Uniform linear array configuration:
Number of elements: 48
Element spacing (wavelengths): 1
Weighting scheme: binomial
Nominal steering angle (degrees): -60
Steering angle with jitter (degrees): -61.051
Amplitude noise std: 0.05
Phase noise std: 0.05

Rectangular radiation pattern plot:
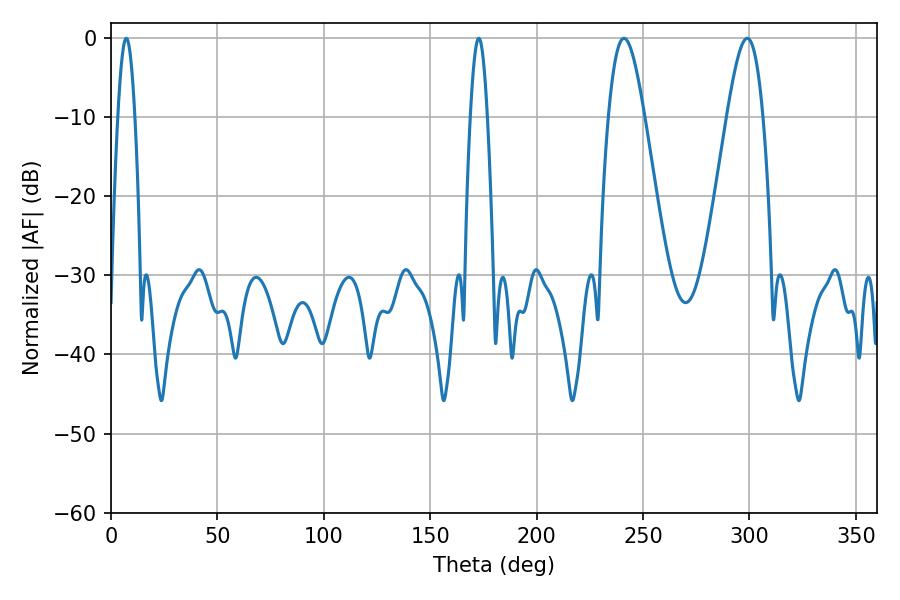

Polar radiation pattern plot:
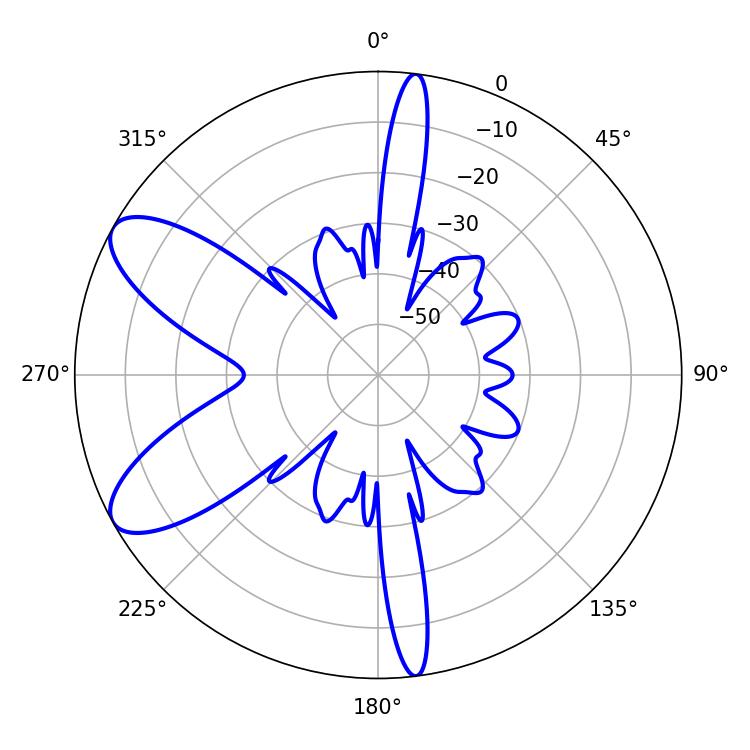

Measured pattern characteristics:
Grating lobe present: TRUE
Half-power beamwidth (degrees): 9
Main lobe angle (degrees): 241.02